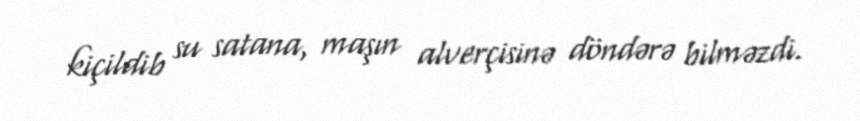
kiçildib su satana, maşın alverçisinə döndərə bilməzdi.